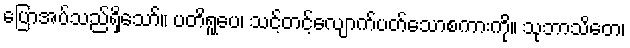
ပြောအပ်သည်ရှိသော်။ ပတိရူပေ၊ သင့်တင့်လျောက်ပတ်သောစကားကို။ သုဘာသိတေ၊